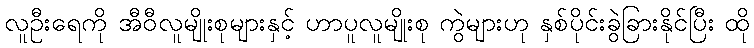
လူဦးရေကို အီဝီလူမျိုးစုများနှင့် ဟာပူလူမျိုးစု ကွဲများဟု နှစ်ပိုင်းခွဲခြားနိုင်ပြီး ထို